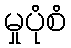
မှုပုံစံ